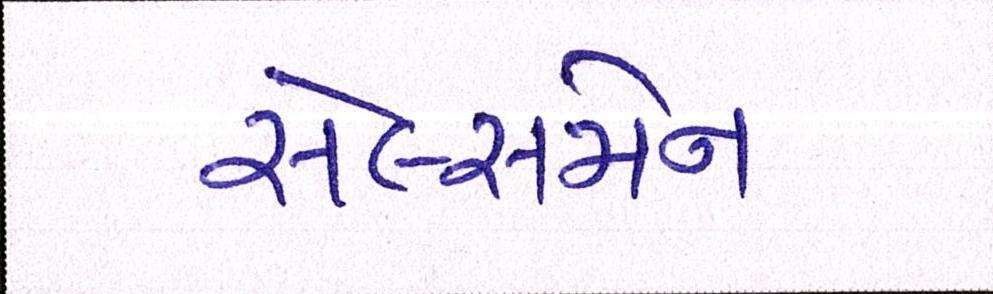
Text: સેલ્સમેન